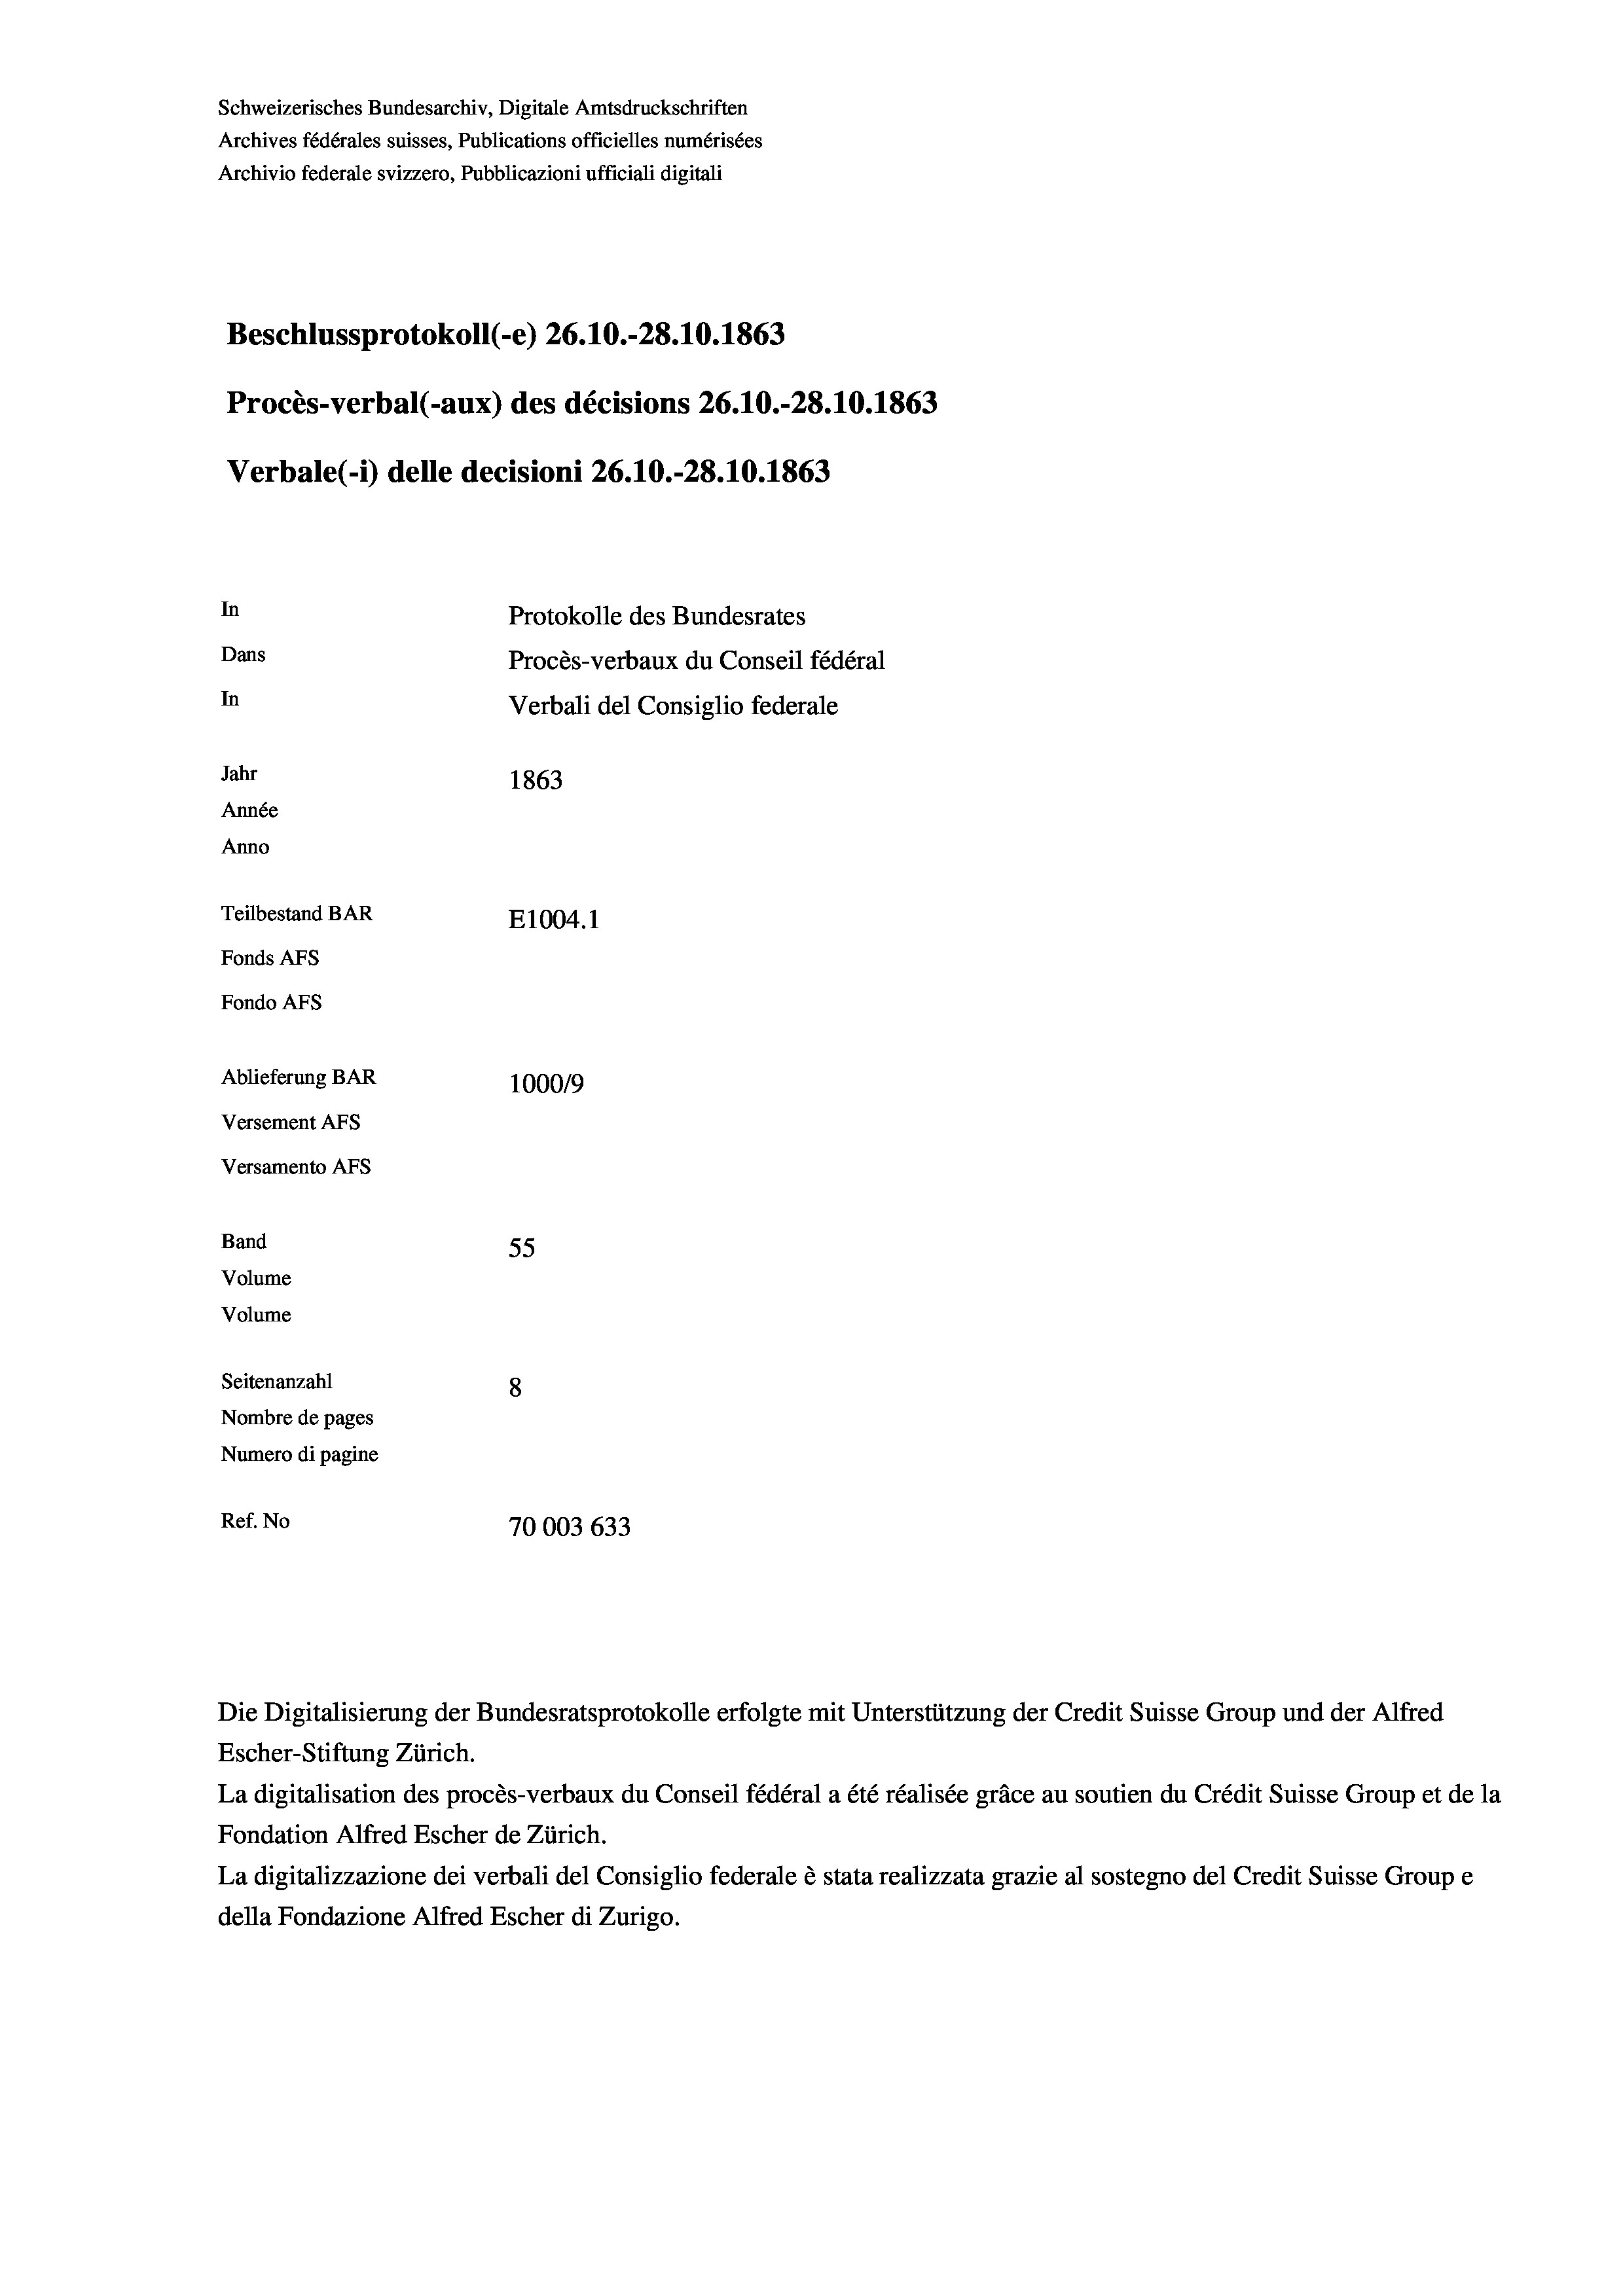
Schweizerisches Bundesarchiv, Digitale Amtsdruckschriften
Archives fédérales suisses, Publications officielles numérisées
Archivio federale svizzero, Pubblicazioni ufficiali digitali
Beschlussprotokoll (-e) 26.10.-28.10. 1863
Procès-verbal (-aux) des décisions 26.10.-28.10.1863
Verbale (1) delle decisioni 26.10.-28.10.1863
In
Protokolle des Bundesrates
Dans
Procès-verbaux du Conseil fédéral
In
Verbali del Consiglio federale
Jahr
1863
Année
Anno
Teilbestand BAR
E1004. 1
Fonds AFs
Fondo AFS
Ablieferung BAR
100019
Versement AFs
Versamento Afs
Band
55
Volume
Volume
Seitenanzahl
8
Nombre de pages
Numero di pagine
Ref. No
70003633

Escher-Stiftung Zürich.
La digitalisation des procès-verbaux du Conseil fédéral a été réalisée gräce au soutien du Crédit Suisse Group et de la
Fondation Alfred Escher de Zürich.
La digitalizzazione dei verbali del Consiglio federale è stata realizzata grazie al sostegno del Credit Suisse Groupe
della Fondazione Alfred Escher di Zurigo.

Die Digitalisierung der Bundesratsprotokolle erfolgte mit Unterstützung der Credit Suisse Group und der Alfred